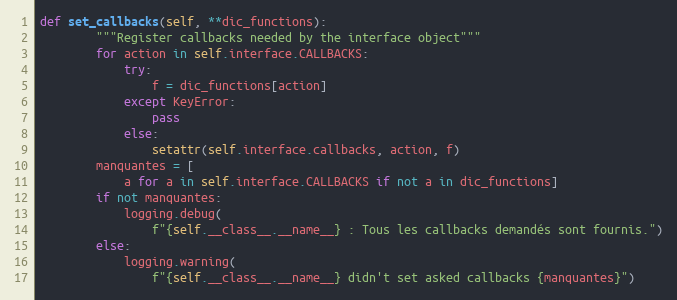
Language: Python
def set_callbacks(self, **dic_functions):
        """Register callbacks needed by the interface object"""
        for action in self.interface.CALLBACKS:
            try:
                f = dic_functions[action]
            except KeyError:
                pass
            else:
                setattr(self.interface.callbacks, action, f)
        manquantes = [
            a for a in self.interface.CALLBACKS if not a in dic_functions]
        if not manquantes:
            logging.debug(
                f"{self.__class__.__name__} : Tous les callbacks demandés sont fournis.")
        else:
            logging.warning(
                f"{self.__class__.__name__} didn't set asked callbacks {manquantes}")